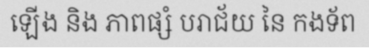
ឡើង និង ភាពផ្សំ បរាជ័យ នៃ កងទ័ព